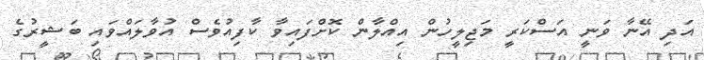
އަދި އޭނާ ވަނީ އަސްކަރީ މަޖިލީހުން އިއްލާން ކޮށްފައިވާ ކާފިއުވެސް އުވާލައްވައި ބަޝީރުގެ